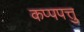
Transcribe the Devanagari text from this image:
कप्पपत्तु